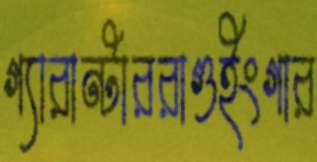
গ্যারান্টাররাগুইংগার